Medical and sanitary report of the native army of Madras for the year
Year: 1876
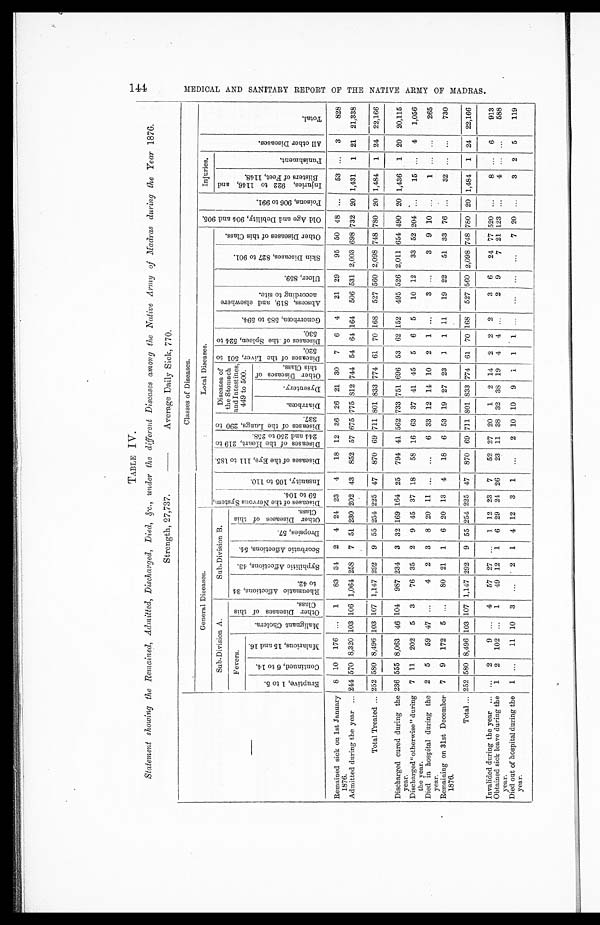
TABLE IV.
Statement showing the Remained, Admitted, Discharged, Died, &c., under the different Diseases among the Native Army of Madras during the Year 1876.
Strength, 27,737. — Average Daily Sick, 770.
—
Classes of Diseases.
General Diseases.
Local Diseases.
O l d A g e a n d D e b i l i t y , 9 0 4 a n d 9 0 5 .
P o i s o n s , 9 0 6 t o 9 9 1 .
Injuries.
A l l o t h e r D i s e a s e s .
Total.
Sub-Division A.
Sub-Division B.
D i s e a s e s o f t h e N e r v o u s S y s t e m , 5 9 t o 1 0 4 .
I n s a n i t y , 1 0 5 t o 1 1 0 .
D i s e a s e s o f t h e E y e , 1 1 1 t o 1 8 5 .
D i s e a s e s o f t h e H e a r t , 2 1 9 t o 2 4 4 a n d 2 5 0 t o 2 5 8 . D i s e a s e s o f t h e L u n g s , 2 9 0 t o 3 3 7 .
Diseases of
the Stomach
and Intestines,
449 to 500.
D i s e a s e s o f t h e L i v e r , 5 0 1 t o 5 2 0 . D i s e a s e s o f t h e S p l e e n , 5 2 4 t o 5 3 0 .
G o n o r r h œ a , 5 8 5 t o 5 9 4 .
A b s c e s s , 8 1 9 , a n d e l s e w h e r e a c c o r d i n g t o s i t e .
U l c e r , 8 5 9 .
S k i n D i s e a s e s , 8 2 7 t o 9 0 1 .
O t h e r D i s e a s e s o f t h i s C l a s s .
I n j u r i e s , 9 2 2 t o 1 1 4 6 , a n d B l i s t e r s o f F e e t , 1 1 4 8 .
P u n i s h m e n t .
Fevers.
M a l i g n a n t C h o l e r a .
O t h e r D i s e a s e s o f t h i s C l a s s . R h e u m a t i c A f f e c t i o n s , 3 4 t o 4 2 .
S y p h i l i t i c A f f e c t i o n s , 4 3 . S c o r b u t i c A f f e c t i o n s , 5 4 .
D r o p s i e s , 5 7 .
O t h e r D i s e a s e s o f t h i s C l a s s .
E r u p t i v e , 1 t o 5 .
C o n t i n u e d , 6 t o 1 4 . M a l a r i o u s , 1 5 a n d 1 6 .
D i a r r h œ a .
D y s e n t e r y .
O t h e r D i s e a s e s o f t h i s C l a s s .
Remained sick on 1st January
1876.
8 10 176 ...
1
83 3 4
2 4 24 23 4
18 12 36 26 21 30 7 6 4
21 29
95 50 48 ...
53 ...
3
828
Admitted during the year
244 570 8,320 103 106 1,064 258 7 51 230 202 43 852 57 675 775 812 744 54 64 164 506 531 2,003 698 732 20 1,431
1 21 21,338
Total Treated
252 580 8,496 103 107 1,14.7 292 9 55 254 225 47 870 69 711 801 833 774 61 70 168 527 560 2,098 748 780 20 1,484 1 24 22,166
Discharged cured during the
year.
236 555 8,063 46 104 987 234 3 32 169 164 25 794 41 562 733 751 696 53 62 152 495 526 2,011 654 490 20 1,436 1 20 20,115
Discharged "otherwise" during
the year.
7 11 202 5 3
76 35 2 9 45 37 18
58 16 63 37 41 45 5 6 5
10 12
33 52 204 ...
15 ...
4
1,056
Died in hospital during the
year.
2 5
59 47 ...
4 2 3 8 20 11 ...
. . .
6 33 12 14 10 2 1 ...
3 ...
3 9 10 ...
1
. . .
. . .
265
Remaining on 31st December
1876.
7 9 172 5 ...
80 21 1 6 20 13 4
18 6 53 19 27 23 1 1 11
19 22
51 33 76 ...
32 ... ...
730
Total
252 580 8,496 103 107 1,147 292 9 55 254 225 47 870 69 711 801 833 774 61 70 168 527 560 2,098 748 780 20 1,484 1 24 22,166
Invalided during the year
... 2
9 ... 4
57 27 ...
1 12 23 7
52 27 20 1 2 14 2 2 2
3 6
24 77 520 ...
8 ...
6
913
Obtained sick leave during the
year.
1 2 102 ...
1
49 12 1 6 29 24 26
23 11 38 32 38 19 4 4 ...
2 9
7 21 123 ...
4 ... ...
588
Died out of hospital during the
year.
1 ...
11 10 3 ...
2 1 4 12 3 1
...
2 10 10 9 1 1 1
. . .
. . .
. . .
. . .
7 20
. . .
3 2 5
119